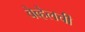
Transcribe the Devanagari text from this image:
वेव्हेलची